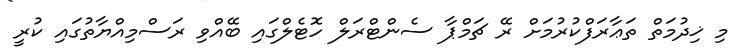
މި ޚިދުމަތް ތަޢާރަފްކުރުމަށް ރޭ ޗަމްޕާ ސެންޓްރަލް ހޮޓެލްގައި ބޭއްވި ރަސްމިއްޔާތުގައި ކުރީ